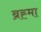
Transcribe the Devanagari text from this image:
ब्रह्‍मा